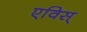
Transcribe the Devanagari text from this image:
एविस्